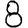
Digit: 8